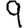
Digit: 9